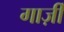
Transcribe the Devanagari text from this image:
गार्ज़ी